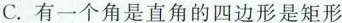
C.有一个角是直角的四边形是矩形